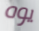
يوه